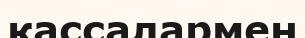
кассалармен